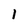
Character: 1